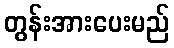
တွန်းအားပေးမည်